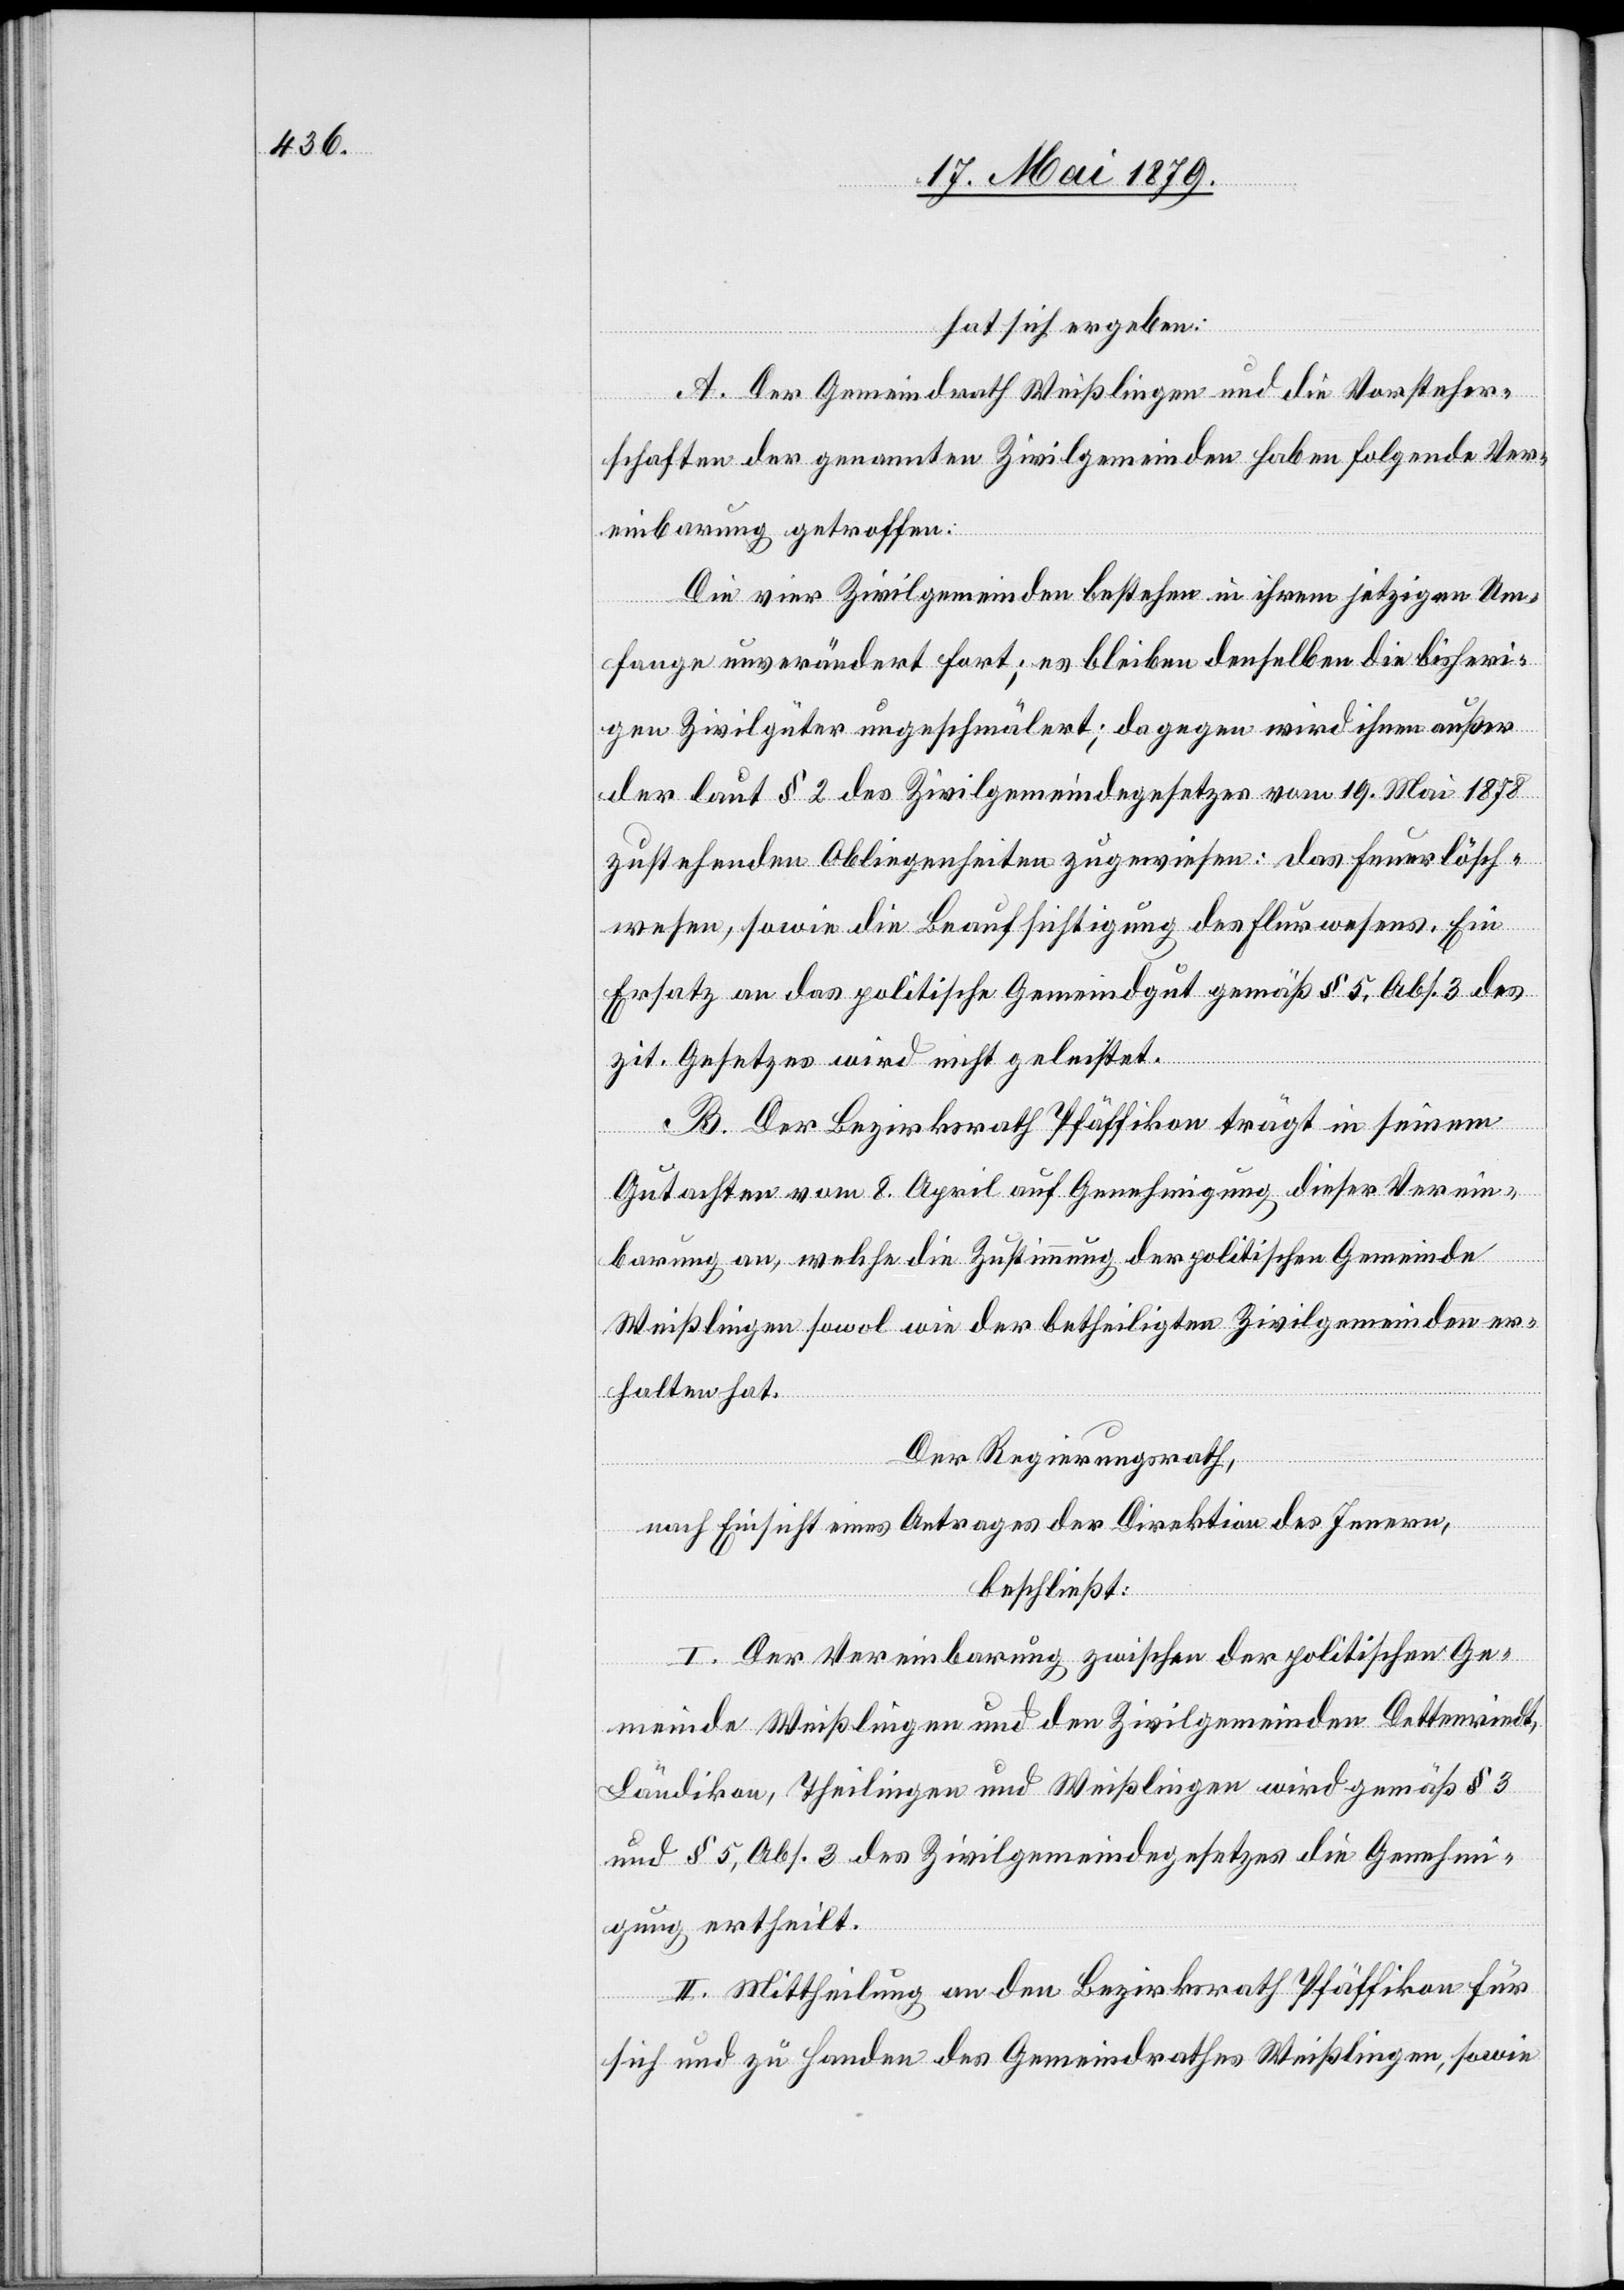
hat sich ergeben:
A. Der Gemeindrath Weißlingen und die Vorsteher¬
schaften der genannten Zivilgemeinden haben folgende Ver¬
einbarung getroffen:
Die vier Zivilgemeinden bestehen in ihrem jetzigen Um¬
fange unverändert fort; es bleiben denselben die bisheri¬
gen Zivilgüter ungeschmälert; dagegen wird ihnen außer
der laut § 2 des Zivilgemeindegesetzes vom 19. Mai 1878
zustehenden Obliegenheiten zugewiesen: das Feuerlösch¬
wesen, sowie die Beaufsichtigung des Flurwesens. Ein
Ersatz an das politische Gemeindgut gemäß § 5, Abs. 3 des
zit. Gesetzes wird nicht geleistet.
B. Der Bezirksrath Pfäffikon trägt in seinem
Gutachten vom 8. April auf Genehmigung dieser Verein¬
barung an, welche die Zustimmung der politischen Gemeinde
Weißlingen sowol wie der betheiligten Zivilgemeinden er¬
halten hat.
Der Regierungsrath,
nach Einsicht eines Antrages der Direktion des Innern,
beschließt:
I. Der Vereinbarung zwischen der politischen Ge¬
meinde Weißlingen und den Zivilgemeinden Dettenriedt,
Ländikon, Theilingen und Weißlingen wird gemäß § 3
und § 5, Abs. 3 des Zivilgemeindegesetzes die Genehmi¬
gung ertheilt.
II. Mittheilung an den Bezirksrath Pfäffikon für
sich und zu Handen des Gemeindrathes Weißlingen, sowie